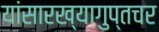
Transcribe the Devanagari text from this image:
यांसारख्यागुप्तचर